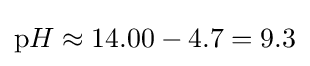
\mathrm {p} H\approx 14.00-4.7=9.3